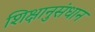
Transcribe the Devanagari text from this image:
शिक्षानुसंधान